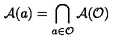
\mathcal { A } ( a ) = \bigcap _ { a \in \mathcal { O } } \mathcal { A } ( \mathcal { O } )